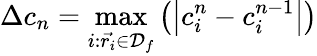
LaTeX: \Delta c_{n}=\operatorname*{max}_{i:\vec{r_{i}}\in\mathcal{D}_{f}}\left(\left|c_{i}^{n}-c_{i}^{n-1}\right|\right)